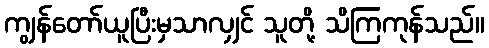
ကျွန်တော်ယူပြီးမှသာလျှင် သူတို့ သိကြကုန်သည်။